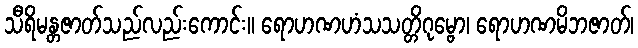
သီရိမန္တဇာတ်သည်လည်းကောင်း။ ရောဟဏဟံသသတ္တိဂုမ္ဗော၊ ရောဟဏမိဘဇာတ်၊